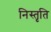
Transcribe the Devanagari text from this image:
निस्तृति